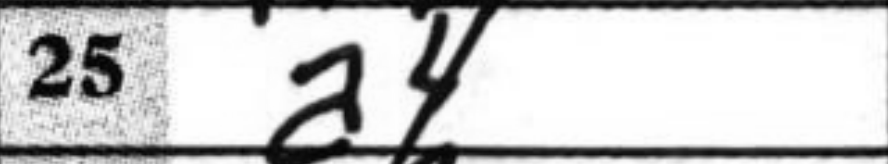
Transcription: a4